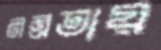
নম্রতায়